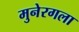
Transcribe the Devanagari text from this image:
मुनेरगला